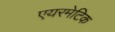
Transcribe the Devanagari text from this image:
एयरमेटिक